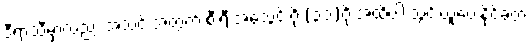
ဒီရာသီမှာလည်း အသင်းအတွက် စီးရီးအေသွင်းဂိုး(၃၁)ဂိုးအထိပါ သွင်းယူပေးနိုင်ခဲ့တဲ့